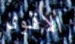
الاقوى